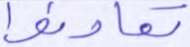
تعاونوا